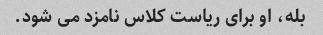
بله، او برای ریاست کلاس نامزد می شود.